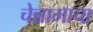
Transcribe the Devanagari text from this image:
चेन्नामाचा